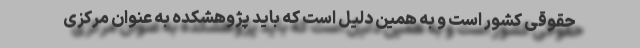
حقوقی کشور است و به همین دلیل است که باید پژوهشکده به عنوان مرکزی